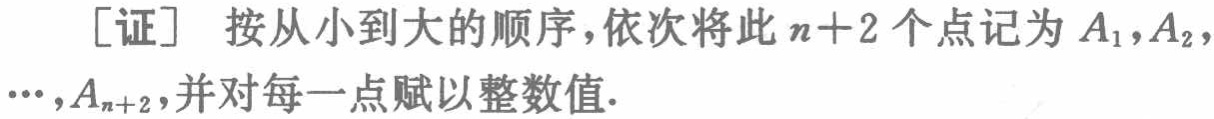
[证] 按从小到大的顺序，依次将此\(n + 2\)个点记为\(A_1,A_2,\cdots,A_{n + 2}\)，并对每一点赋以整数值.